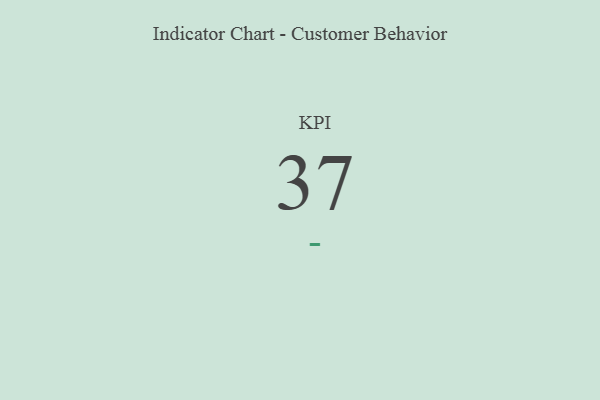
{"axis": {"x": "KPI", "y": "Value"}, "legend": [""], "data": [{"x": "KPI", "y": 37, "type": ""}]}